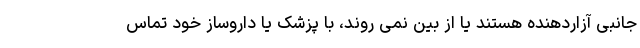
جانبی آزاردهنده هستند یا از بین نمی روند، با پزشک یا داروساز خود تماس